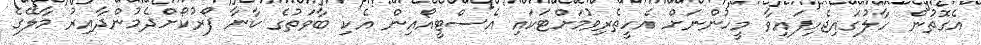
އެގޮތުން ހާލުގައިޖެހިފައިވާ މީހުންނަށް އެހީތެރިވުމަށްޓަކައި އެސްޓީއޯއިން އެކި ބާވަތުގެ ކާނާ ފޯރުކޯށްދެމުންދާއިރު މާލޭގެ